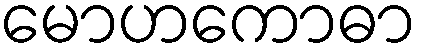
မောဟကောဓာ